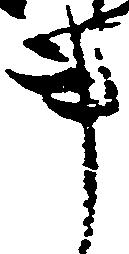
事